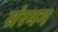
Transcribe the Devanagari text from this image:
संरभग